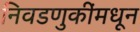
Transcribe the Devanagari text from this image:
निवडणुकींमधून